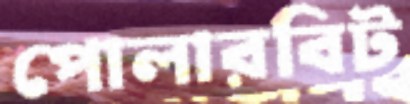
পোলারবিট